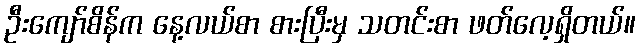
ဦးကျော်စိန်က နေ့လယ်စာ စားပြီးမှ သတင်းစာ ဖတ်လေ့ရှိတယ်။